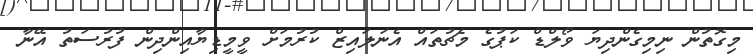
މިގޮތުން ނިމިގެންދިޔަ ވޯލްޑް ކަޕުގެ މެޗުތައް އެނަލައިޒް ކުރުމަށް ވީމީޑިޔާއިންދިން ފުރުސަތު އޭނާ